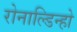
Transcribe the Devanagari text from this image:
रोनाल्डिन्हो